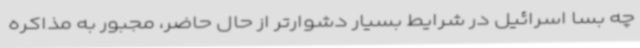
چه بسا اسرائیل در شرایط بسیار دشوارتر از حال حاضر، مجبور به مذاکره